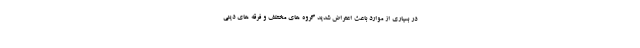
در بسیاری از موارد باعث اعتراض شدید گروه های مختلف و فرقه های دینی